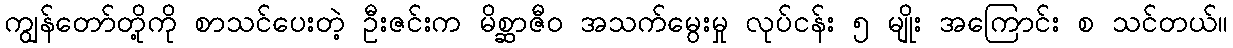
ကျွန်တော်တို့ကို စာသင်ပေးတဲ့ ဦးဇင်းက မိစ္ဆာဇီဝ အသက်မွေးမှု လုပ်ငန်း ၅ မျိုး အကြောင်း စ သင်တယ်။